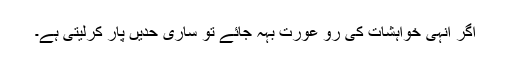
اگر انہی خواہشات کی رو عورت بہہ جائے تو ساری حدیں پار کرلیتی ہے۔